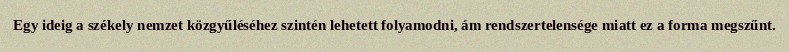
Egy ideig a székely nemzet közgyűléséhez szintén lehetett folyamodni, ám rendszertelensége miatt ez a forma megszűnt.